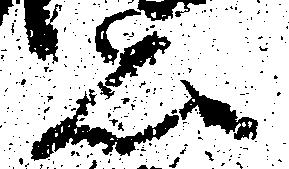
亦